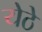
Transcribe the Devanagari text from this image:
येठे